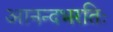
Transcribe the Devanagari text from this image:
आनन्दभरतिः